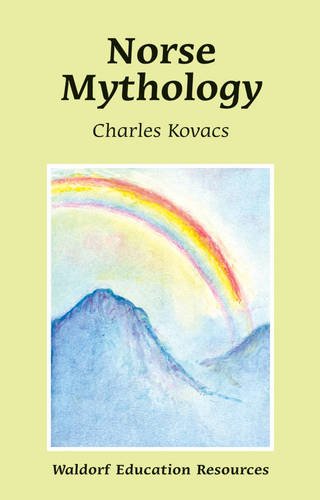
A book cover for Norse Mythology (Waldorf Education Resources); Charles Kovacs; Children's Books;